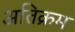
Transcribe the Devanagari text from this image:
अतिक्रम